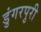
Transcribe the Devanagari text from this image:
डुंगरपुरी